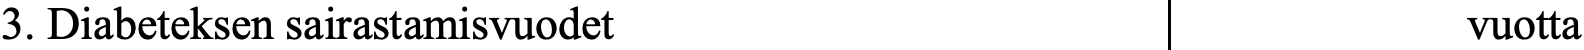
3. Diabeteksen sairastamisvuodet                vuotta